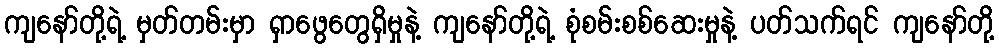
ကျနော်တို့ရဲ့ မှတ်တမ်းမှာ ရှာဖွေတွေရှိမှုနဲ့ ကျနော်တို့ရဲ့ စုံစမ်းစစ်ဆေးမှုနဲ့ ပတ်သက်ရင် ကျနော်တို့